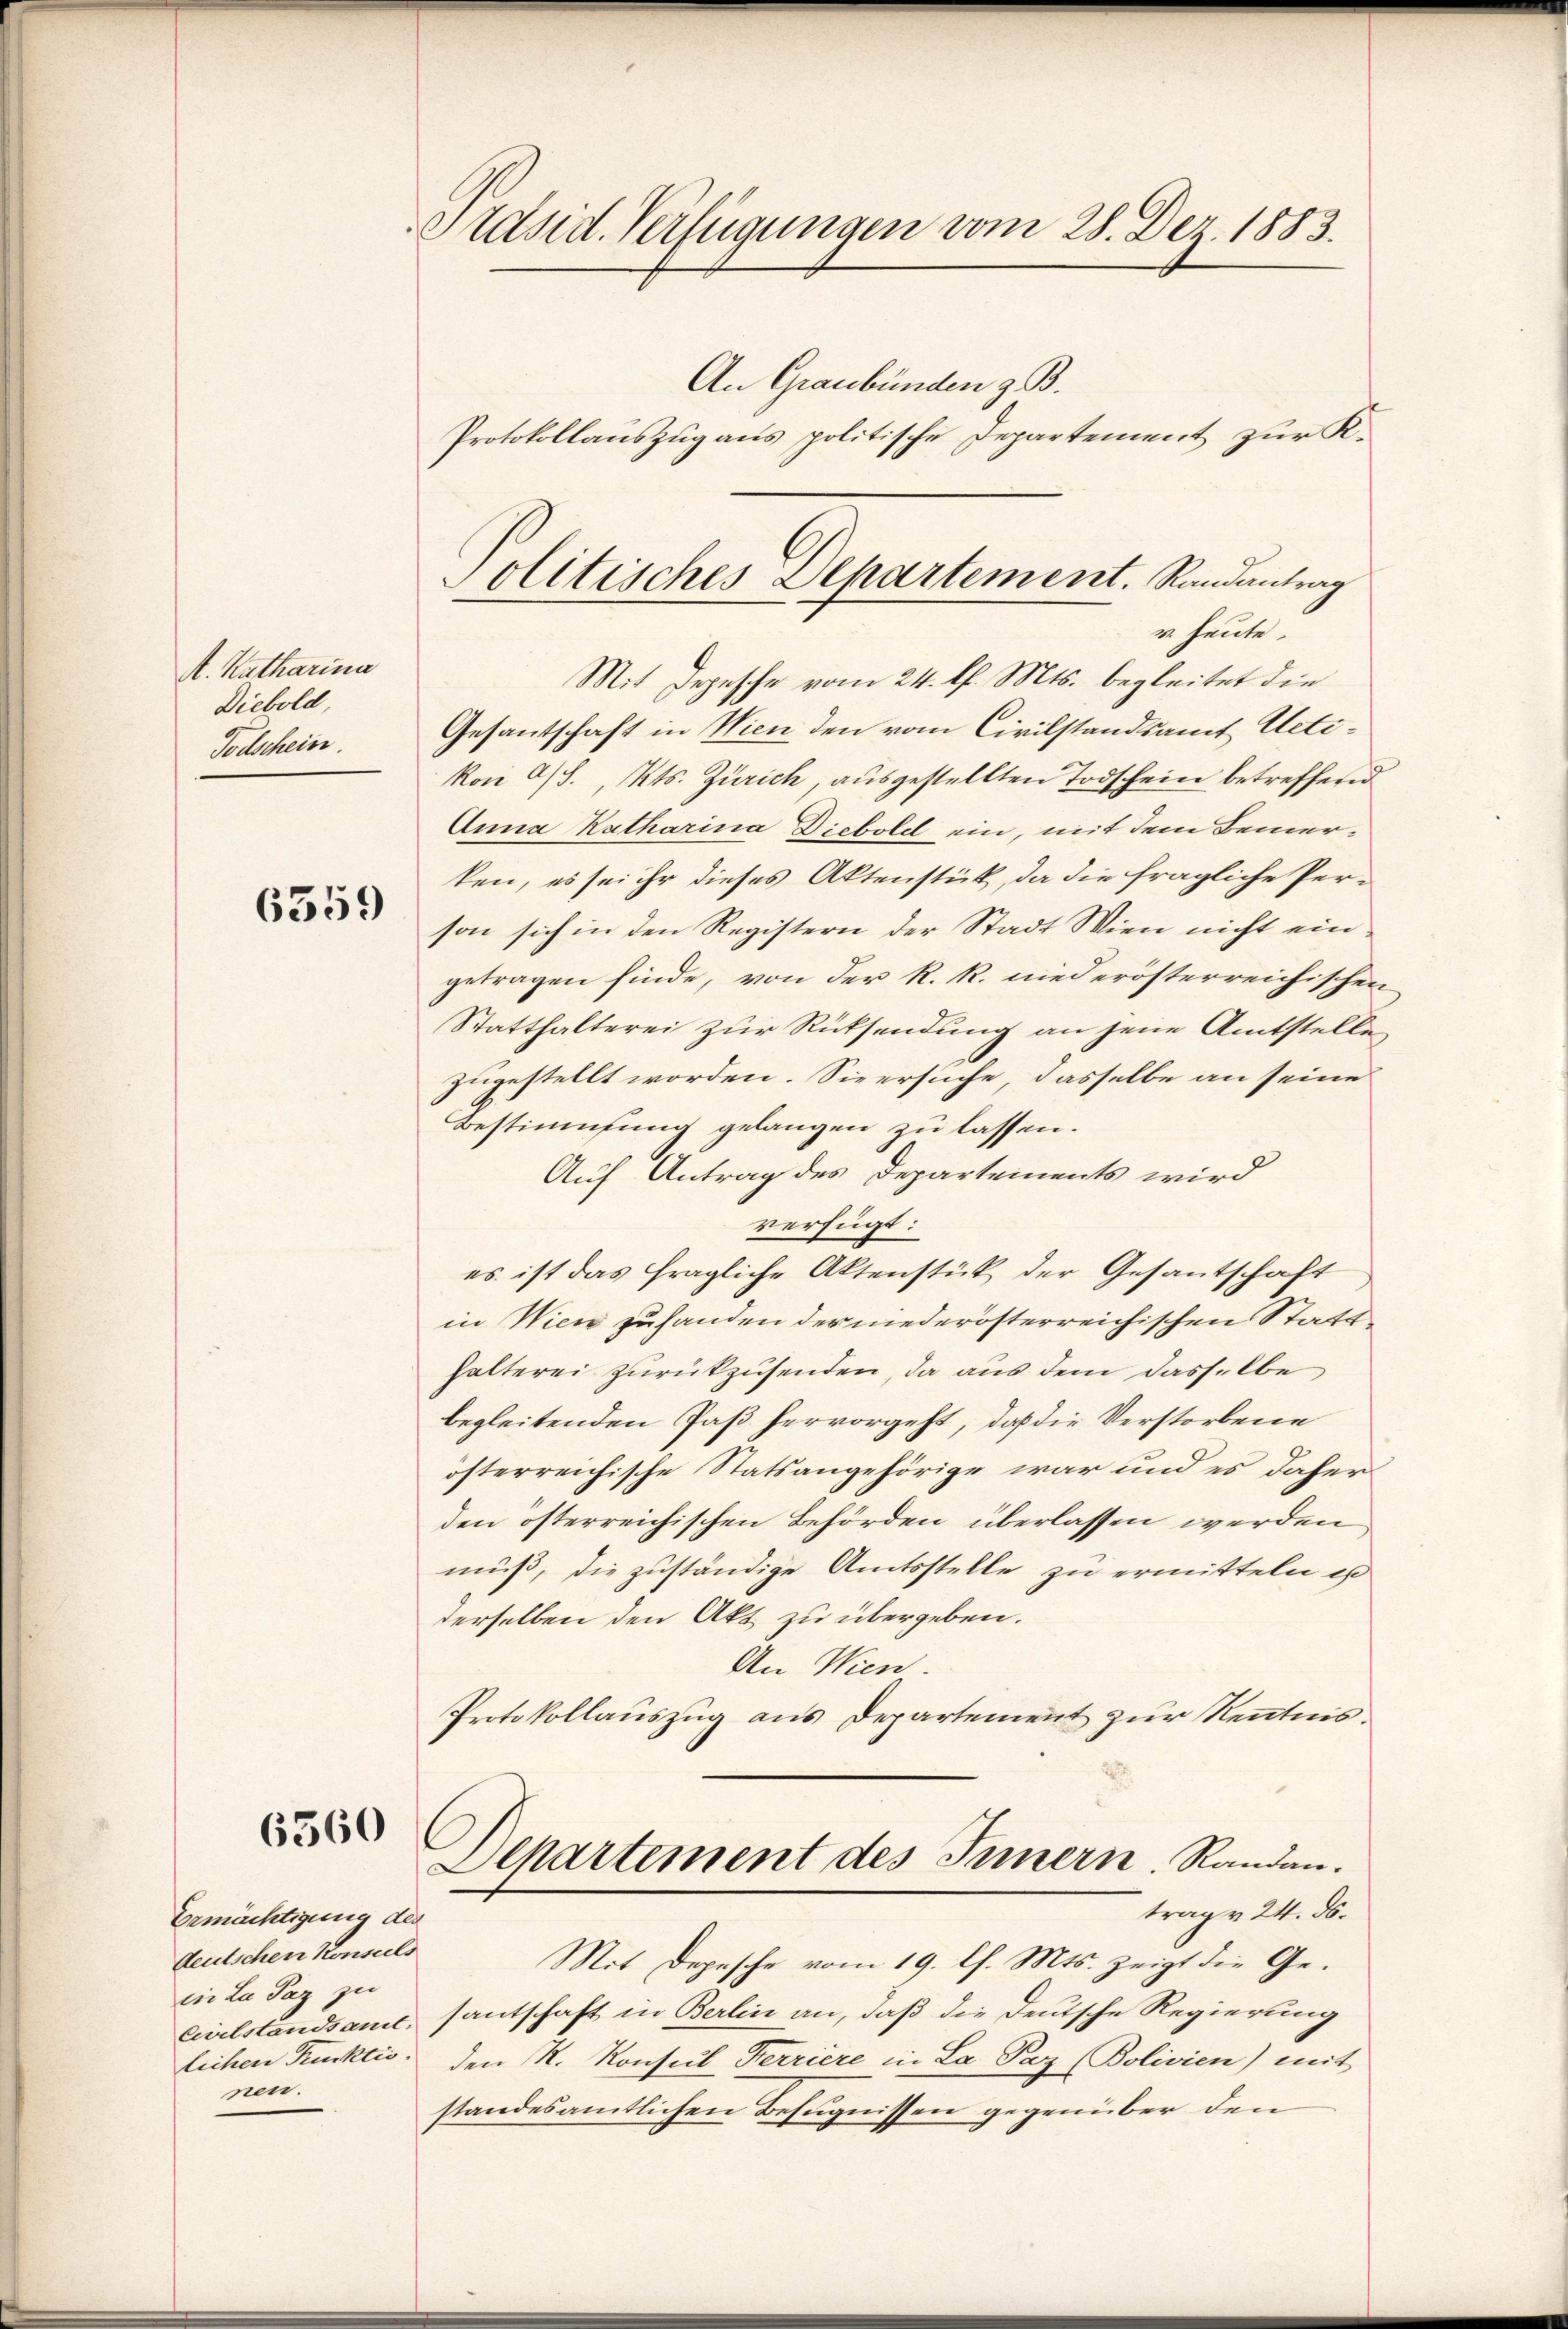
A. Katharina
Diebold,
Todschein.

6559

6360

Ermächtigung des
deutschen Konsuls
in La Paz zu
nen.

Präsid. Verfügungen vom 28. Dez. 1883.

olitisches Departement. Randantrag
v. heute.

Mit Depesche vom 24. d. Mts. begleitet die
Gesantschaft in Wien den vom Civilstandsamt Uetikon a/S., Kts. Zürich, ausgestellten Todschein betreffend
Anna Katharina Diebold ein, mit dem Bemerken, es sei ihr dieses Aktenstück, da die fragliche Person sich in den Registern der Stadt Wien nicht eingetragen finde, von der R. R. niederösterreichischen
Statthalterei zur Rücksendung an jene Amtstelle,
zugestellt worden. Sie ersuche, dasselbe an seine
Bestimmung gelangen zu lassen.
Auf Antrag des Departements wird
verfügt:
es ist das fragliche Aktenstück der Gesandtschaft
in Wien zuhanden der niederösterreichischen Statthalterei zurückzusenden, da aus dem dasselbe
begleitenden Paß hervorgeht, daß die Verstorbene
österreichische Statsangehörige war und es daher
den österreichischen Behörden überlassen werden
muß, die zuständige Amtsstelle zu ermitteln ist
derselben den Akt zu übergeben.
An Wien.
Protokollauszug aus Departement zur Kenntnis.
.
Separtement des Innern. Randantrag v. 24. ds.
Mit Depesche vom 19. Ch. Mts. zeigt die Ge¬
Cirlstandsame, santschaft in Berlin an, daß die Deutsche Regierung
lichen Funktio, den R. Konsul Ferriere in La Paz (Bolivien) mit
standesamtlichen Befugnissen gegenüber den

An Graubünden z. B.
Protokollauszug aus politische Departement zur K.